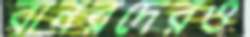
বানরদেরও